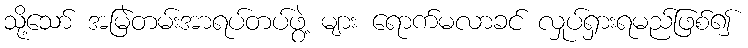
သို့သော် အမြဲတမ်းအာရပ်တပ်ဖွဲ့ များ ရောက်မလာခင် လှုပ်ရှားရမည်ဖြစ်၍